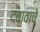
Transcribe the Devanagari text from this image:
दबावाचे